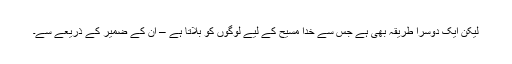
لیکن ایک دوسرا طریقہ بھی ہے جس سے خُدا مسیح کے لیے لوگوں کو بُلاتا ہے – اُن کے ضمیر کے ذریعے سے۔